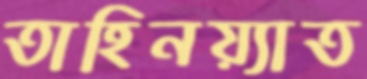
তাহিনয়্যাত